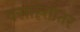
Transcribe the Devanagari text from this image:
वसाह्त्तोतर